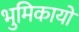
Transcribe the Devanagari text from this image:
भुमिकायों